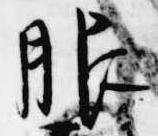
服